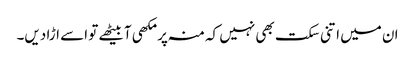
ان میں اتنی سکت بھی نہیں کہ منہ پر مکھی آبیٹھے تو اسے اڑا دیں۔